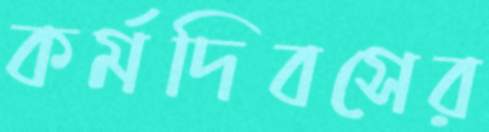
কর্মদিবসের